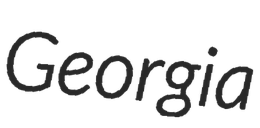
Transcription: Georgia